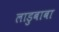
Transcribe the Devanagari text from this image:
लाडुबाबा